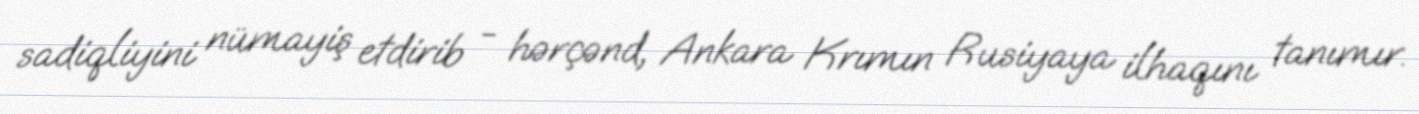
sadiqliyini nümayiş etdirib - hərçənd, Ankara Krımın Rusiyaya ilhaqını tanımır.